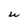
Character: U